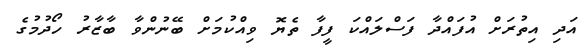
އަދި އިތުރަށް އުފައްދާ ފަސްލައްކަ ފީފާ ތެޔޮ ވިއްކުމަށް ބޭނުންވާ ބާޒާރު ހޯދުމުގެ